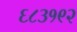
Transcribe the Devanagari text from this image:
६८३१९२